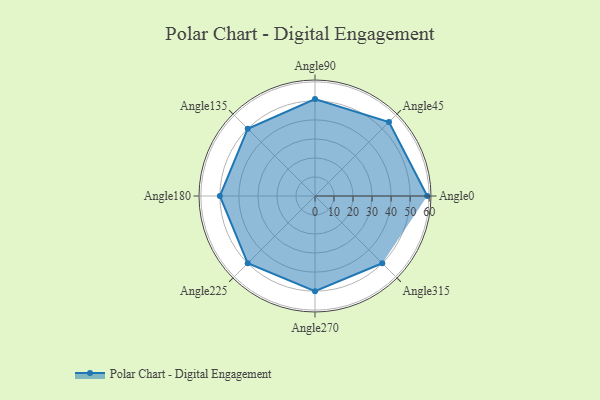
{"axis": {"x": "Angle", "y": "Radius"}, "legend": [""], "data": [{"x": "Angle0", "y": 59.0, "type": ""}, {"x": "Angle45", "y": 55.0, "type": ""}, {"x": "Angle90", "y": 51.0, "type": ""}, {"x": "Angle135", "y": 50, "type": ""}, {"x": "Angle180", "y": 50, "type": ""}, {"x": "Angle225", "y": 50, "type": ""}, {"x": "Angle270", "y": 50, "type": ""}, {"x": "Angle315", "y": 50, "type": ""}]}